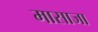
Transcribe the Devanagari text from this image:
मासाजा